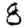
Digit: 8